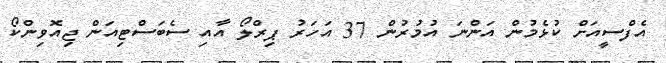
އެފްސީއަށް ކުޅެމުން އަންނަ އުމުރުން 37 އަހަރު ޕިރްލޯ އާއި ސެބަސްޓިއަން ޖިއޮވިންކޯ